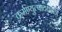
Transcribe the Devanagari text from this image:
कर्मण्युत्पादयन्ते।